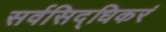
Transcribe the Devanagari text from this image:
सर्वसिद्धिकरं